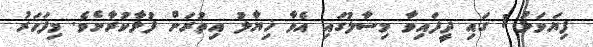
ފިޔަވަޅު 1 ގައި ދީފައިވާ މިސާލުގައި އެވާ ޚިޔާލު އިތުރަށް ފުޅާކުރާށެވެ. މިފަހަރު